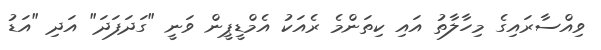
ވިއްސާރައިގެ މިހާލާތު އައި ކިތަންމެ ރެއަކު އެމްޑީޕީން ވަނީ "ގަދަފަދަ" އަދި "އަޑު